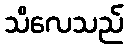
သိလေသည်